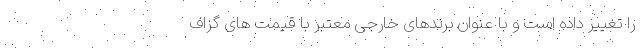
را تغییر داده است و با عنوان برندهای خارجی معتبر با قیمت های گزاف